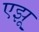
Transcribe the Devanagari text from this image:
एझू